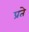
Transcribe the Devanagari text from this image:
प्रते